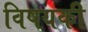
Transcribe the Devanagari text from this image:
विषयकी